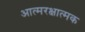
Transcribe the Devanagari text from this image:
आत्मरक्षात्मक